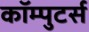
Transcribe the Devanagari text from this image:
कॉम्पुटर्स